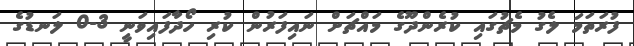
ފުރަތަމަ ލެގު މެޗުގައި ކުރެންދޫގެ މައްޗަށް ނައިފަރުން ކުރި ހޯދާފައިވަނީ 3-0 ލަނޑުގެ